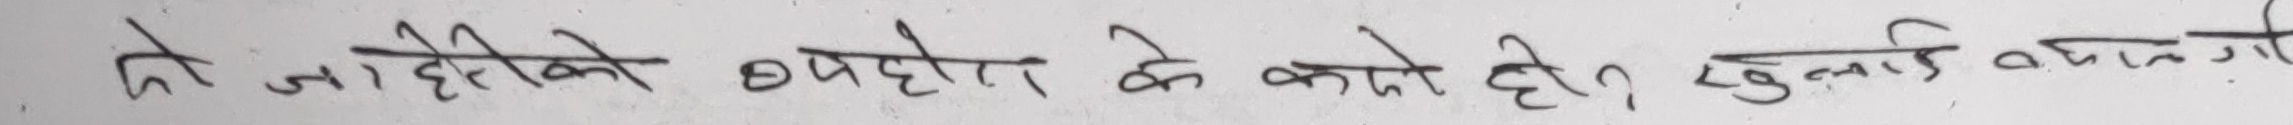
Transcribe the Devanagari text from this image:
तो जाहिरीको बघेरो के काटो ही? खुलाई बनाये